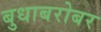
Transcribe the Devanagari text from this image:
बुधाबरोबर